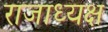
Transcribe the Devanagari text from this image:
राजाध्‍यक्ष